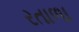
રતાળા